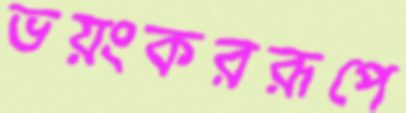
ভয়ংকররূপে